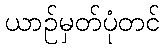
ယာဉ်မှတ်ပုံတင်